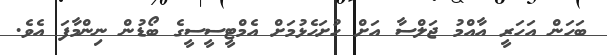
ބަހަން އަހަރީ އާއްމު ޖަލްސާ އަށް ހުށަހެޅުމަށް އެމްޓީސީސީގެ ބޯޑުން ނިންމާފަ އެވެ.